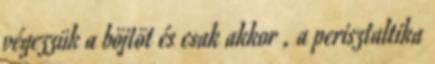
végezzük a böjtöt és csak akkor , a perisztaltika